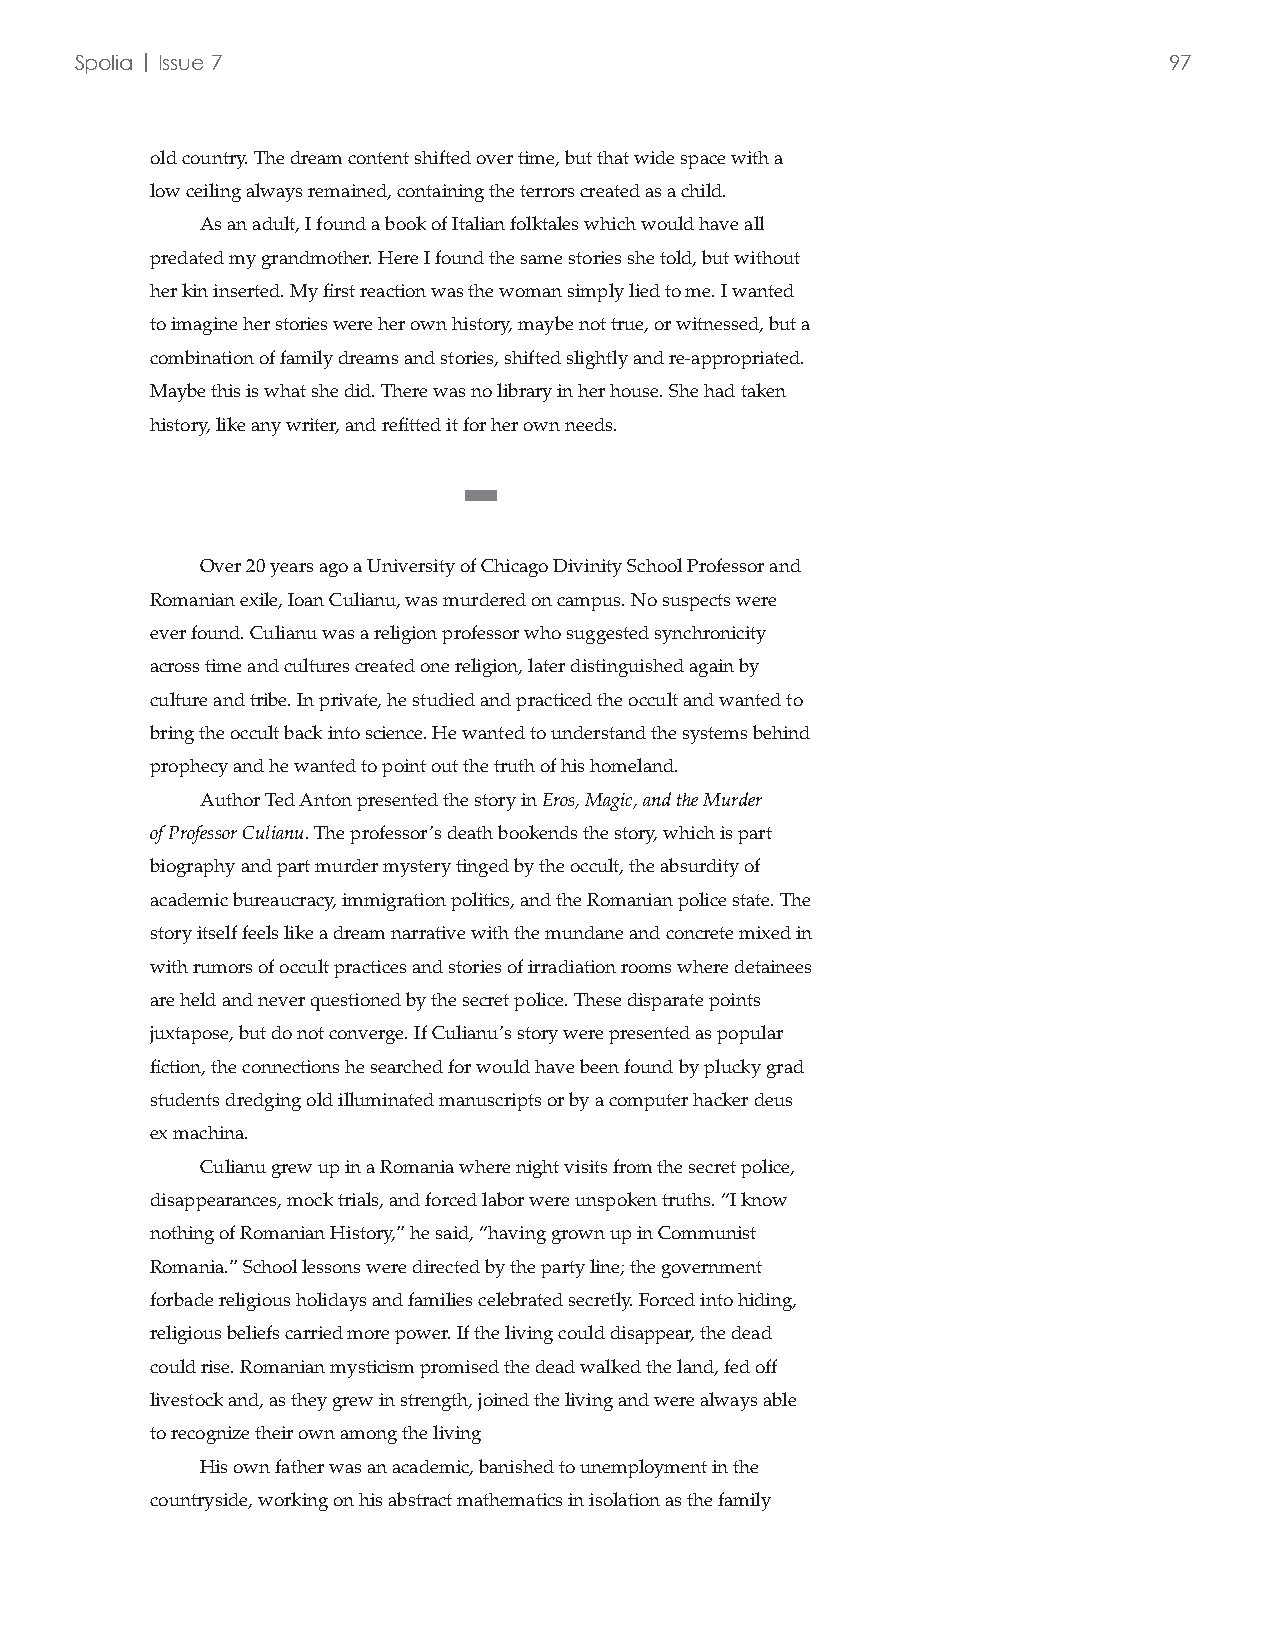
Spolia | Issue 7                                                        97
 old country. The dream content shifted over time, but that wide space with a
 low ceiling always remained, containing the terrors created as a child.
 As an adult, I found a book of Italian folktales which would have all
 predated my grandmother. Here I found the same stories she told, but without
 her kin inserted. My first reaction was the woman simply lied to me. I wanted
 to imagine her stories were her own history, maybe not true, or witnessed, but a
 combination of family dreams and stories, shifted slightly and re-appropriated.
 Maybe this is what she did. There was no library in her house. She had taken
 history, like any writer, and refitted it for her own needs.
 ■
 Over 20 years ago a University of Chicago Divinity School Professor and
 Romanian exile, Ioan Culianu, was murdered on campus. No suspects were
 ever found. Culianu was a religion professor who suggested synchronicity
 across time and cultures created one religion, later distinguished again by
 culture and tribe. In private, he studied and practiced the occult and wanted to
 bring the occult back into science. He wanted to understand the systems behind
 prophecy and he wanted to point out the truth of his homeland.
 Author Ted Anton presented the story in Eros, Magic, and the Murder
 of Professor Culianu. The professor’s death bookends the story, which is part
 biography and part murder mystery tinged by the occult, the absurdity of
 academic bureaucracy, immigration politics, and the Romanian police state. The
 story itself feels like a dream narrative with the mundane and concrete mixed in
 with rumors of occult practices and stories of irradiation rooms where detainees
 are held and never questioned by the secret police. These disparate points
 juxtapose, but do not converge. If Culianu’s story were presented as popular
 fiction, the connections he searched for would have been found by plucky grad
 students dredging old illuminated manuscripts or by a computer hacker deus
 ex machina.
 Culianu grew up in a Romania where night visits from the secret police,
 disappearances, mock trials, and forced labor were unspoken truths. “I know
 nothing of Romanian History,” he said, “having grown up in Communist
 Romania.” School lessons were directed by the party line; the government
 forbade religious holidays and families celebrated secretly. Forced into hiding,
 religious beliefs carried more power. If the living could disappear, the dead
 could rise. Romanian mysticism promised the dead walked the land, fed off
 livestock and, as they grew in strength, joined the living and were always able
 to recognize their own among the living
 His own father was an academic, banished to unemployment in the
 countryside, working on his abstract mathematics in isolation as the family